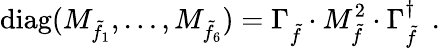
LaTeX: \mathrm{diag}(M_{\tilde{f}_{1}},\dots,M_{\tilde{f}_{6}})=\Gamma_{\tilde{f}}^{}\cdot M_{\tilde{f}}^{2}\cdot\Gamma_{\tilde{f}}^{\dagger}\enspace.